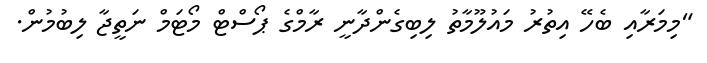
"މިމަރާއި ބެހޭ އިތުރު މައުލޫމާތު ލިބިގެންދާނީ ރާމްގެ ޕޯސްޓް މޯޓަމް ނަތީޖާ ލިބުމުން.